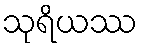
သုရိယဿ